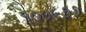
૧૦૦૯૭૭